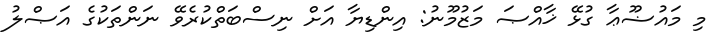
މި މައުޟޫޢާ ގުޅޭ ޚާއްޞަ މަޒުމޫނު: އިންޑިޔާ އަށް ނިސްބަތްކުރެވޭ ނަންތަކުގެ އަޞްލު